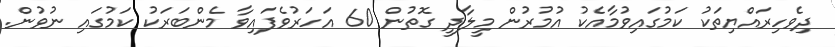
ދިވެހިރައްޔިތަކު ކަމުގައިވުމާއެކު އުމުރުން މީލާދީ ގޮތުން 60 އަހަރުވެފައިވާ މެންބަރަކު ކަމުގައި ނުވުން.